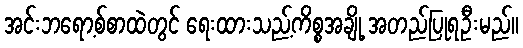
အင်းဘရော့စ်စာထဲတွင် ရေးထားသည့်ကိစ္စအချို့ အတည်ပြုရဦးမည်။